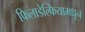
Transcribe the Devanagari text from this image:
फिलाडेल्फियामधून